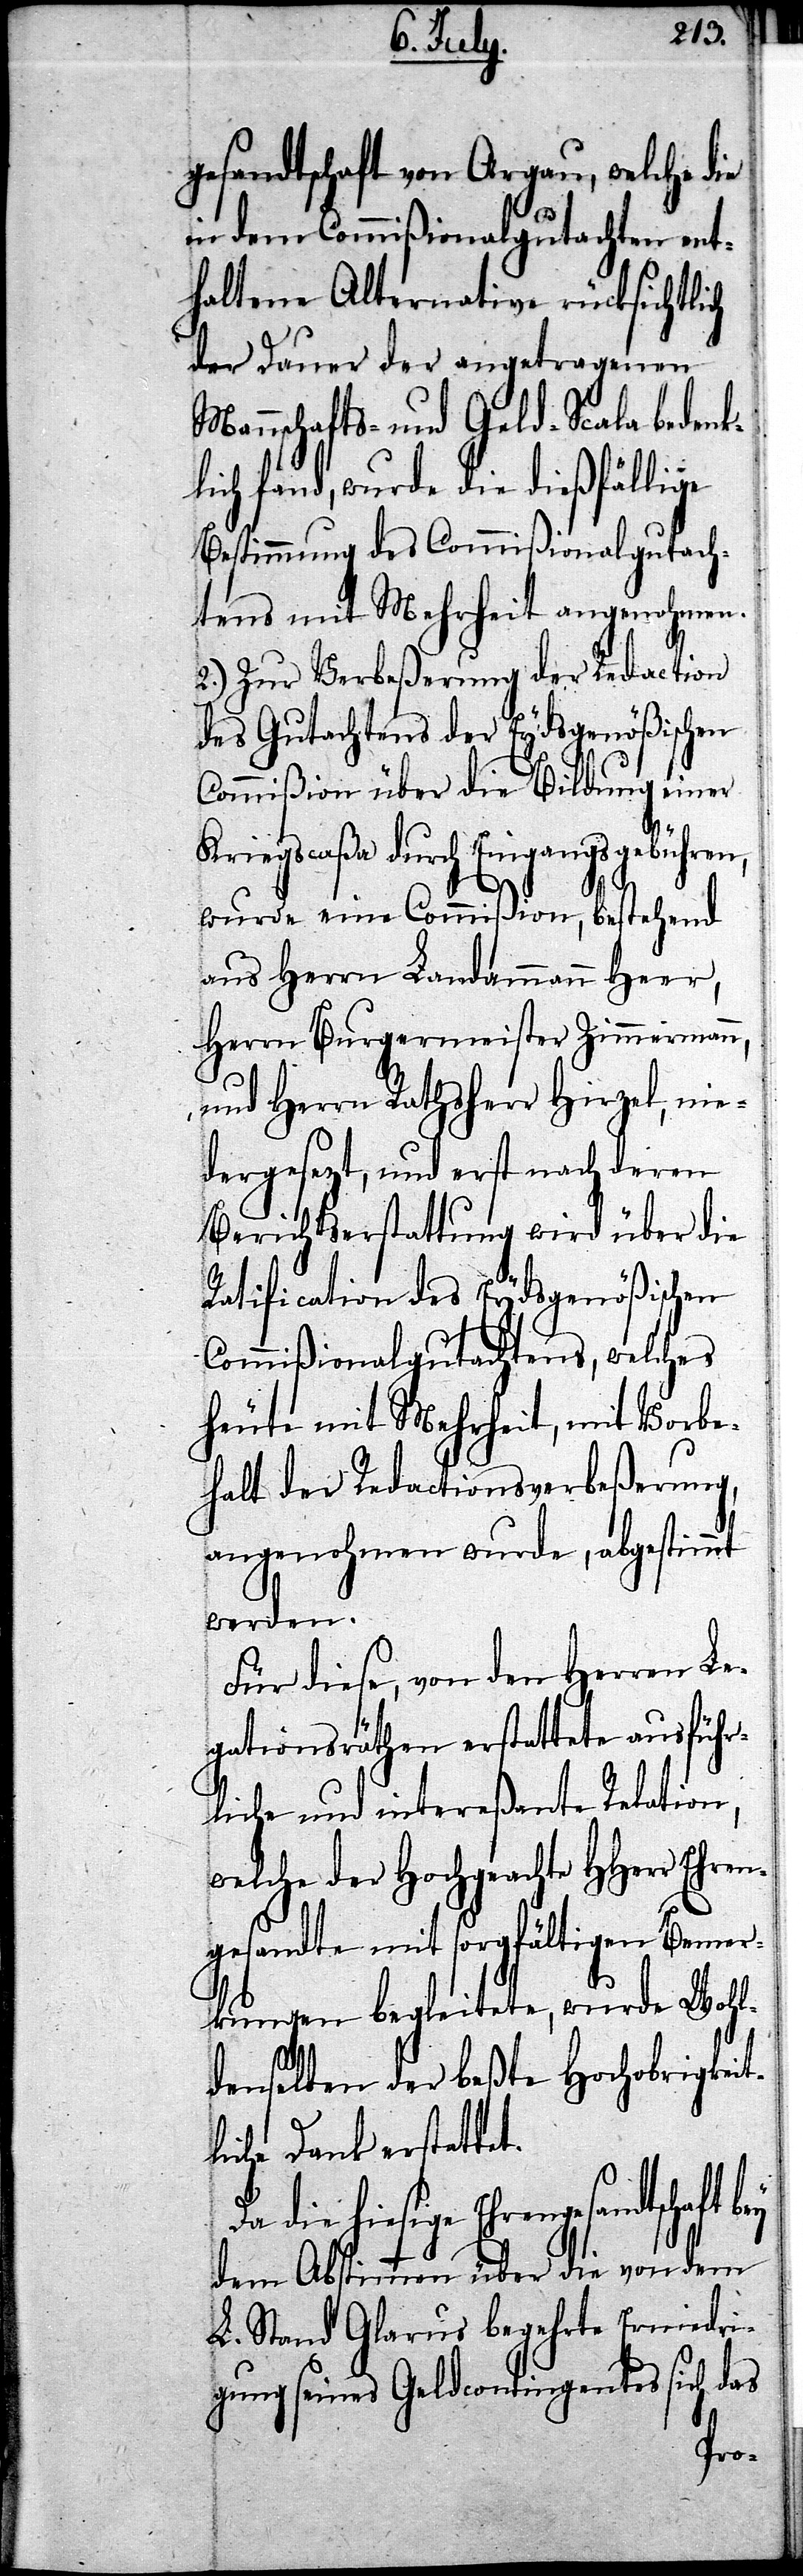
gesandtschaft von Argau, welche die
in dem Commißionalgutachten ent¬
haltene Alternative rücksichtlich
der Dauer der angetragenen
Mannschafts- und Geld-Scala bedenk¬
lich fand, wurde die dießfällige
Bestimmung des Commißionalgutach¬
tens mit Mehrheit angenohmen.
2.) Zur Verbeßerung der Redaction
des Gutachtens der Eydsgenößischen
Commißion über die Bildung einer
Kriegscaßa durch Eingangsgebühren,
wurde ein Commißion, bestehend
aus Herrn Landammann Heer,
Herrn Burgermeister Zimmermann,
und Herrn Rathsherr Hirzel, nie¬
dergesezt, und erst nach deren
Berichtserstattung wird über die
Ratification des Eydsgenößischen
Commißionalgutachtens, welches
heute mit Mehrheit, mit Vorbe¬
halt der Ratificationsverbeßerung,
angenohmen wurde, abgestimmt
werden.
Für diese, von den Herren Le¬
gationsräthen erstattete ausführ¬
liche und intereßante Relation,
welche der Hochgeachte HHerr Ehren¬
gesandte mit sorgfältigen Bemer¬
kungen begleitete, wurde Wohl¬
denselben der beßte Hochobrigkeit¬
liche Dank erstatte¬
hiesige Ehrengesandtschaft
dem Abstimmen über die von dem
L. Stand Glarus begehrte Erniedri¬
gung seines Geldcontigentes sich das
die